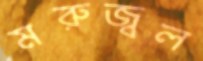
মরুজ্বল